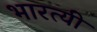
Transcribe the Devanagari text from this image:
भारत्यी